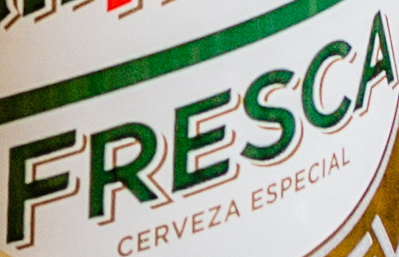
FRESCA